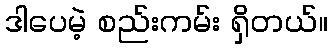
ဒါပေမဲ့ စည်းကမ်း ရှိတယ်။